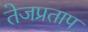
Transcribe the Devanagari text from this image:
तेजप्रताप